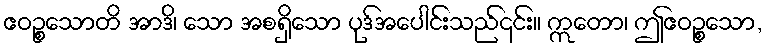
ဧဝဉ္စသောတိ အာဒိ၊ သော အစရှိသော ပုဒ်အပေါင်းသည်၎င်း။ ဣတော၊ ဤဧဝဉ္စသော,